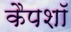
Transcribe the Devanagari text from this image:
कैपशॉ